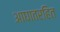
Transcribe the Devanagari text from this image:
आघातरहित